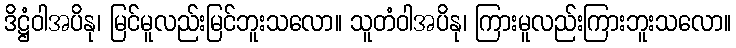
ဒိဋ္ဌံဝါအပိနု၊ မြင်မူလည်းမြင်ဘူးသလော။ သူတံဝါအပိနု၊ ကြားမူလည်းကြားဘူးသလော။